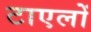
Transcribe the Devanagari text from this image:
टाएलों